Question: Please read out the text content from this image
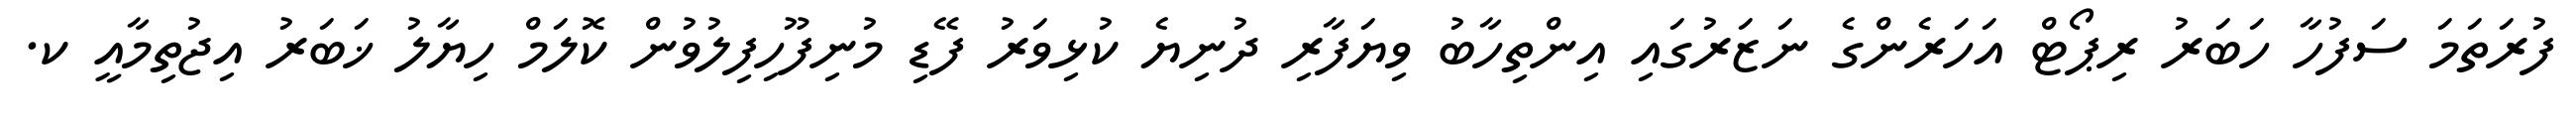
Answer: ފުރަތަމަ ސަފުހާ ހަބަރު ރިޕޯޓް އަހަރެންގެ ނަޒަރުގައި އިންތިހާބު ވިޔަފާރި ދުނިޔެ ކުޅިވަރު ފޭޑި މުނިފޫހިފިލުވުން ކޮލަމް ހިޔާލު ޚަބަރު އިޖުތިމާއީ ކ.